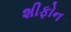
શીફોન